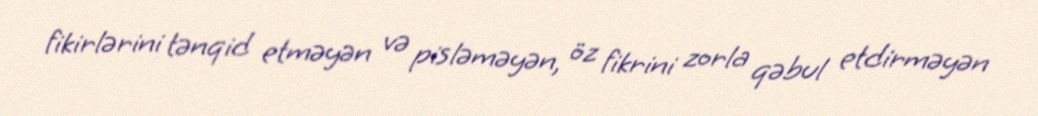
fikirlərini tənqid etməyən və pisləməyən, öz fikrini zorla qəbul etdirməyən